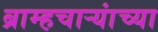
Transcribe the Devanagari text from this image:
ब्राम्हचाऱ्यांच्या